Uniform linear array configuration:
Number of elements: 12
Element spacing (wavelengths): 0.75
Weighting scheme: blackman
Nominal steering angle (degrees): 60
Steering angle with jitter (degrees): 61.433
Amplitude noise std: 0.05
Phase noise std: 0.05

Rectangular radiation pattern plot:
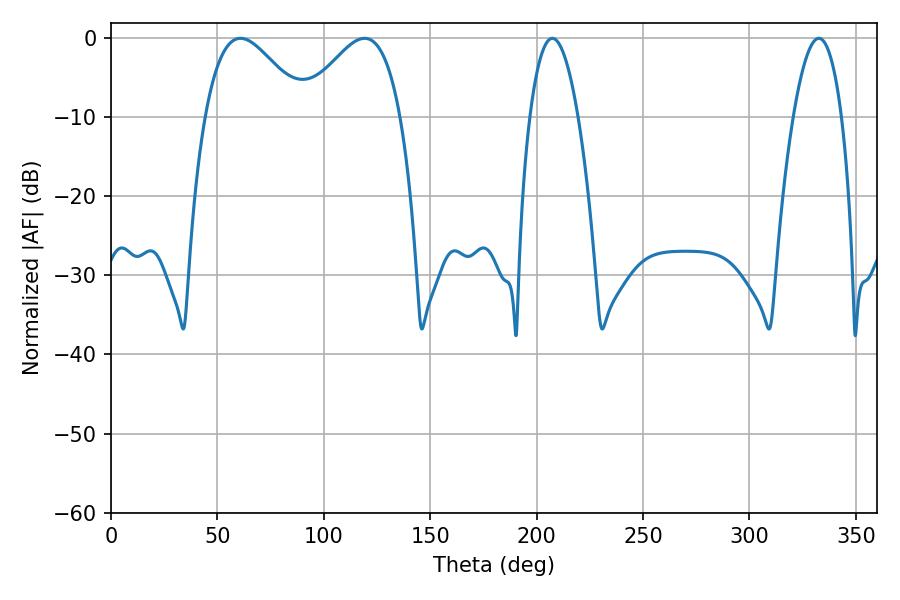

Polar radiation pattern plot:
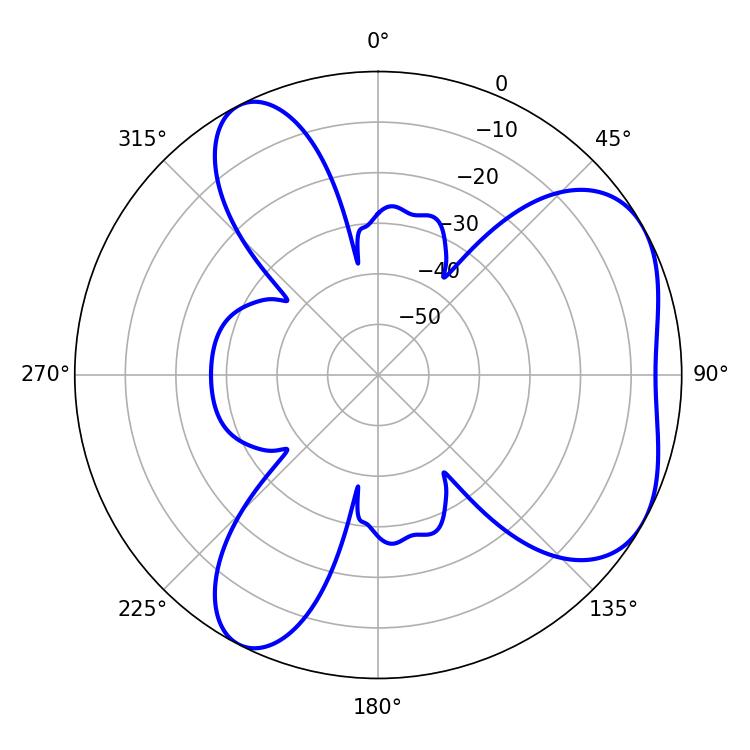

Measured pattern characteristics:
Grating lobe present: TRUE
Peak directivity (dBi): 4.995
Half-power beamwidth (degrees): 25.2
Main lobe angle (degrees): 60.84